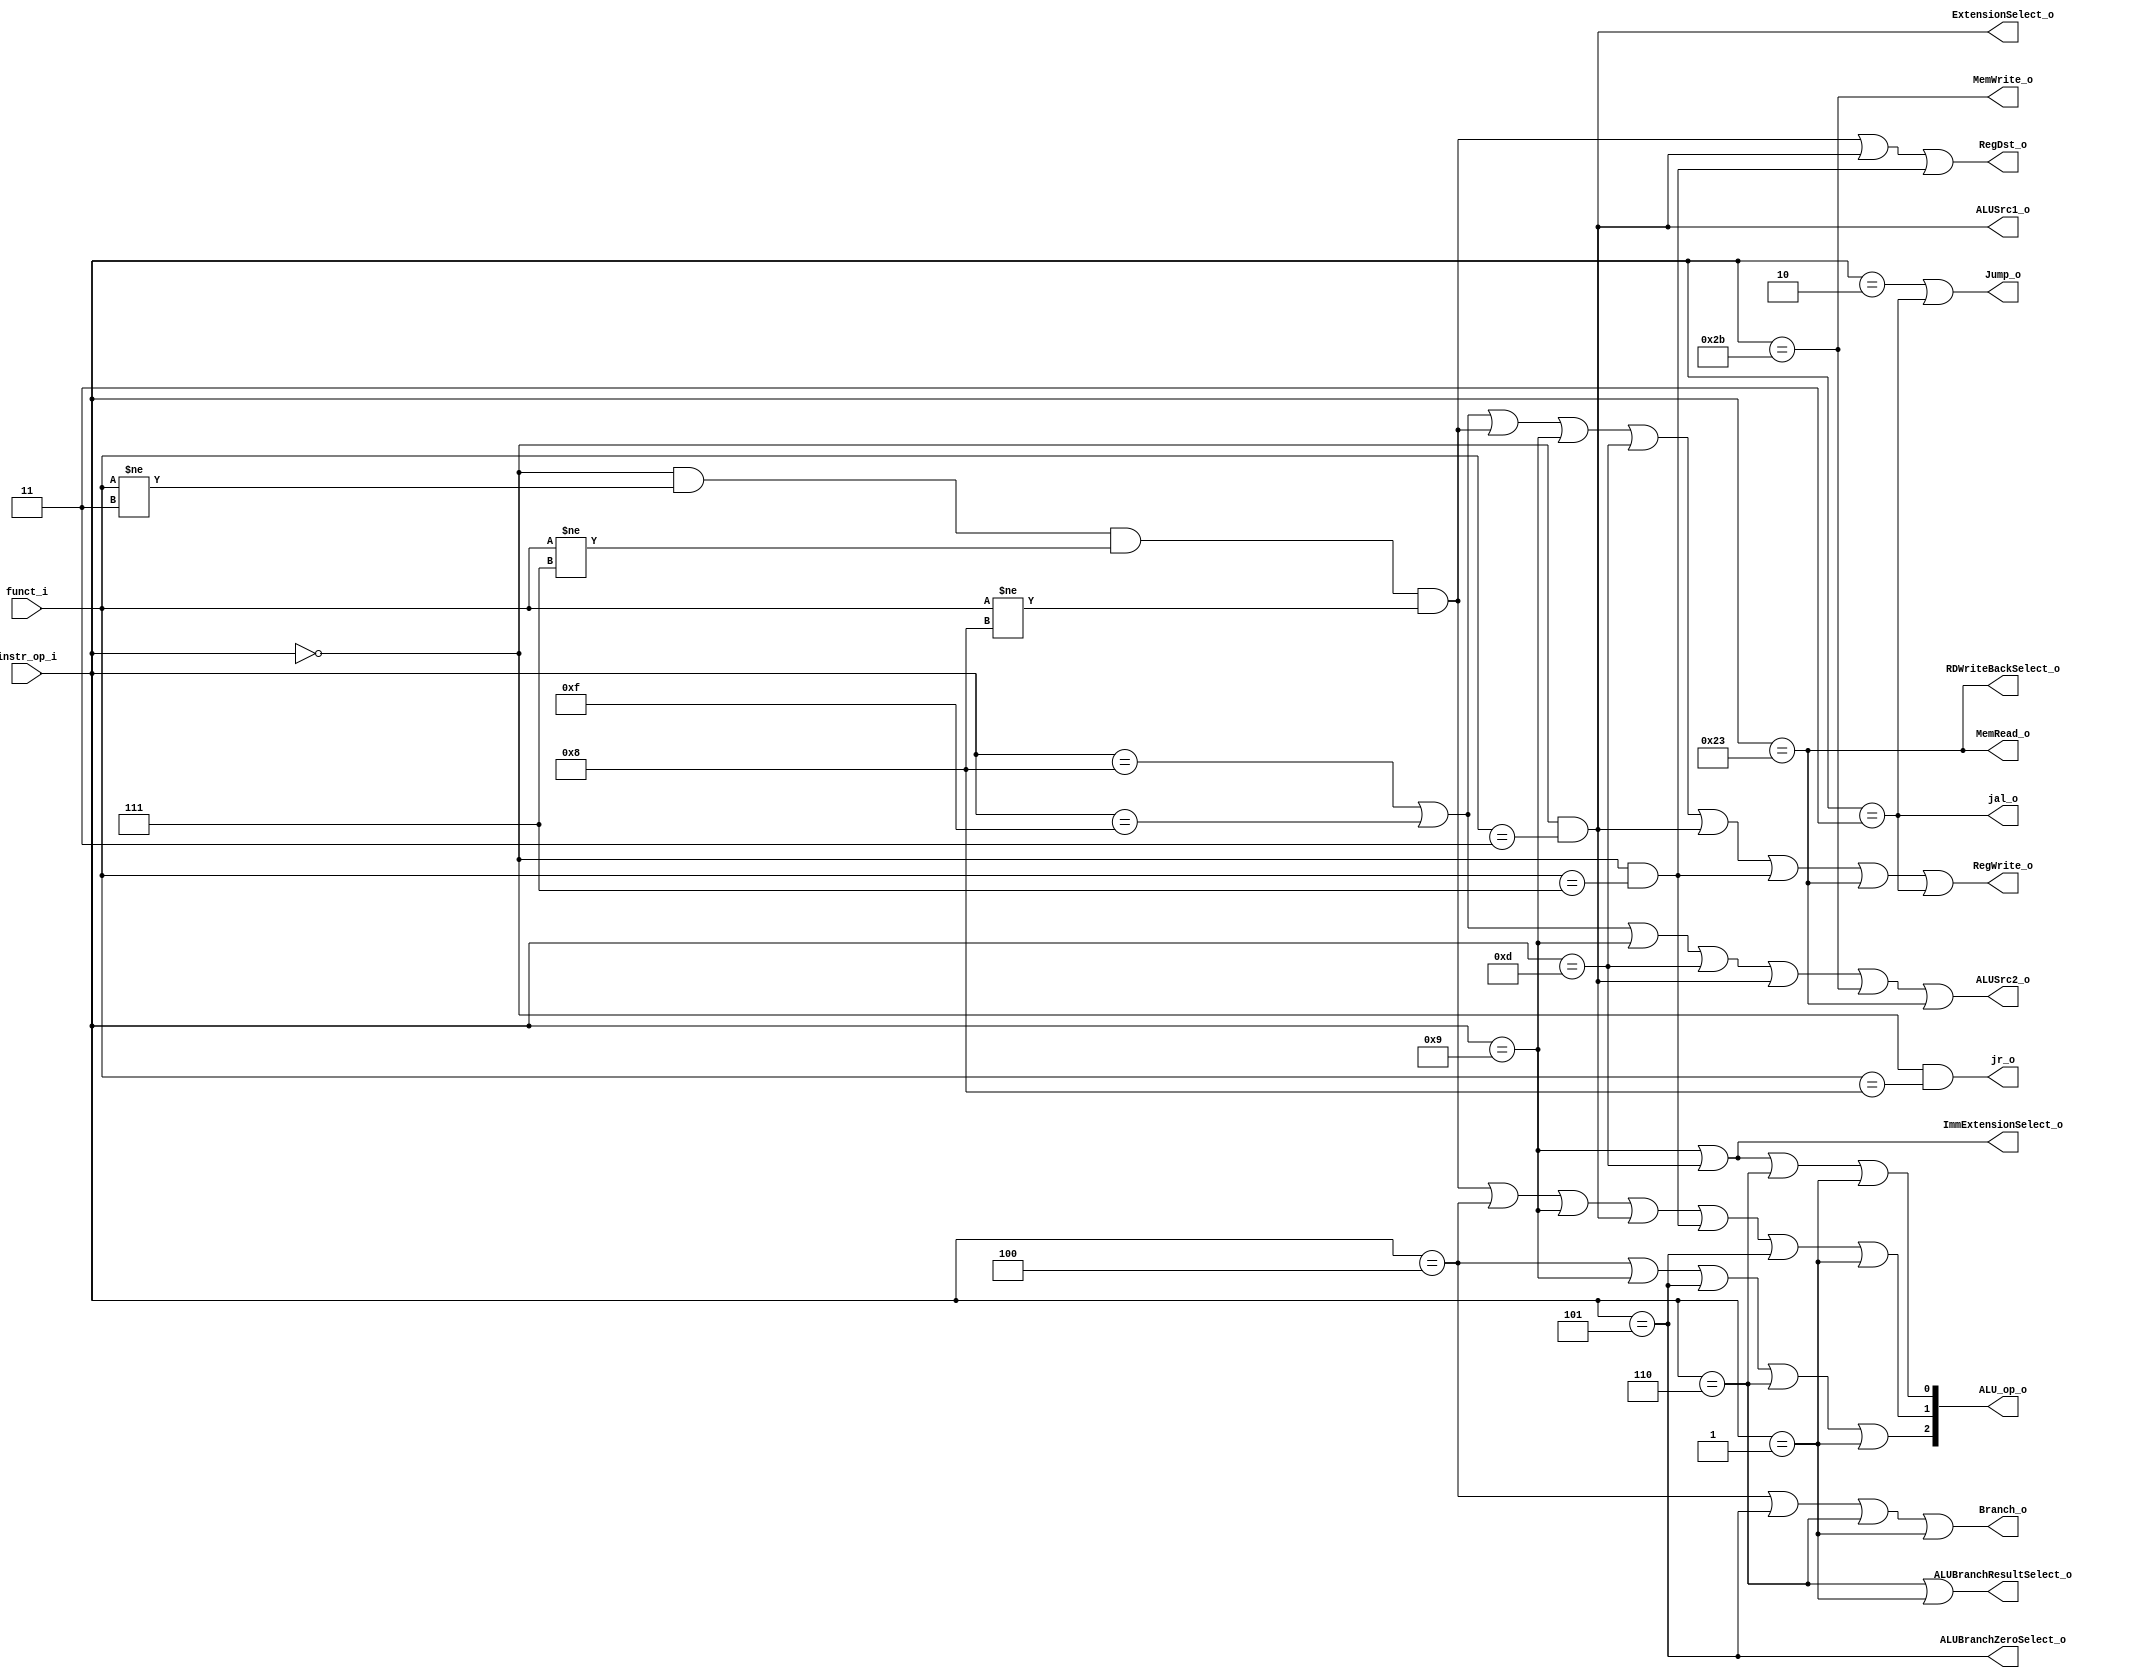
//Subject:     CO project 2 - Decoder
//--------------------------------------------------------------------------------
//Version:     1
//--------------------------------------------------------------------------------
//Writer:      
//----------------------------------------------
//Date:        
//----------------------------------------------
//Description: 
//--------------------------------------------------------------------------------

module Decoder(
    instr_op_i,
    funct_i,
	RegWrite_o,
	ALU_op_o,
    ALUSrc1_o,
	ALUSrc2_o,
	RegDst_o,
	Branch_o,
    Jump_o,
    ImmExtensionSelect_o,
    ExtensionSelect_o,
    ALUBranchZeroSelect_o,
    ALUBranchResultSelect_o,
    MemRead_o,
    MemWrite_o,
    RDWriteBackSelect_o,
    jal_o,
    jr_o
	);
     
//I/O ports
input  [6-1:0] instr_op_i;
input  [6-1:0] funct_i;

output         RegWrite_o;
output [3-1:0] ALU_op_o;
output         ALUSrc1_o;
output         ALUSrc2_o;
output         RegDst_o;
output         Branch_o;
output         Jump_o;
output         ImmExtensionSelect_o;
output         ExtensionSelect_o;
output         ALUBranchZeroSelect_o;
output         ALUBranchResultSelect_o;
output         MemRead_o;
output         MemWrite_o;
output         RDWriteBackSelect_o;
output         jal_o;
output         jr_o;
 
//Internal Signals

reg zero = 0;


//Parameter
wire addi;
wire rtype;
wire beq;
wire sltiu;
wire ori;
wire lui;
wire sra;
wire srav;
wire bne;
wire jump;
wire jal;
wire jr;
wire ble;
wire bnez;
wire bltz;

assign addi = instr_op_i == 6'b001000 | instr_op_i == 6'b001111; //addi or li
assign rtype = instr_op_i == 6'b000000 & (funct_i != 3) & (funct_i != 7) & (funct_i != 8);
assign beq = instr_op_i == 6'b000100;
assign sltiu = instr_op_i == 6'b001001;
assign ori = instr_op_i == 6'b001101;
/* cancel lui */
assign lui = instr_op_i == 6'b001111 & 0;
assign sra = instr_op_i == 6'b000000 & (funct_i == 3);
assign srav = instr_op_i == 6'b000000 & (funct_i == 7);
assign bne = instr_op_i == 6'b000101; // bne or bnez
assign jump = instr_op_i == 6'b000010;
assign sw = instr_op_i == 6'b101011;
assign lw = instr_op_i == 6'b100011;
assign jal = instr_op_i == 6'b000011;
assign jr = instr_op_i == 6'b000000 & (funct_i == 8);
assign ble = instr_op_i == 6'b000110;
assign bltz = instr_op_i == 6'b000001;

assign ALUSrc1_o = sra;
assign ALUSrc2_o = addi | sltiu | ori | lui | sra | sw | lw;
assign RegWrite_o = addi | rtype | sltiu | ori | lui | sra | srav | lw | jal;
assign RegDst_o = rtype | sra | srav;
assign Branch_o = beq | bne | ble | bltz;
assign Jump_o = jump | jal;
assign ImmExtensionSelect_o = sltiu | ori;
assign ExtensionSelect_o = sra;
assign ALUBranchZeroSelect_o = bne;
assign ALUBranchResultSelect_o = ble | bltz;
assign MemRead_o = lw;
assign MemWrite_o = sw;
assign RDWriteBackSelect_o = lw;
assign jal_o = jal;
assign jr_o = jr;

assign ALU_op_o[2] = beq | sltiu | lui | bne | ble | bltz;
assign ALU_op_o[1] = rtype | beq | sltiu | sra | srav | bne | bltz;
assign ALU_op_o[0] = sltiu | ori | ble | bltz;

/*
addi: 000
ori: 001
RType: 010
sra: 010
srav: 010
lui: 100
ble: 101
BEQ: 110
bne: 110
SLTIU: 111
bltz: 111
jump: xxx

011, 101
*/

endmodule